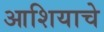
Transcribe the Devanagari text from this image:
आशियाचे